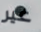
غير